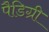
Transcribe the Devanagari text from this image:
पैडिग्री